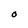
Character: O